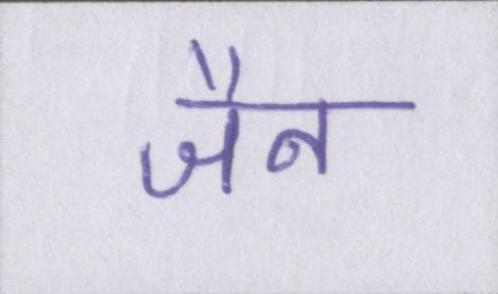
जैन